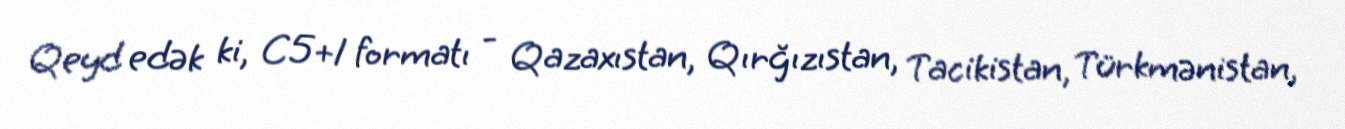
Qeyd edək ki, C5+1 formatı - Qazaxıstan, Qırğızıstan, Tacikistan, Türkmənistan,